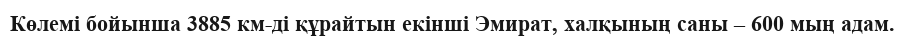
Көлемі бойынша 3885 км-ді құрайтын екінші Эмират, халқының саны – 600 мың адам.